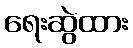
ရေးဆွဲထား